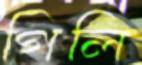
গিলি